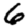
Digit: 6